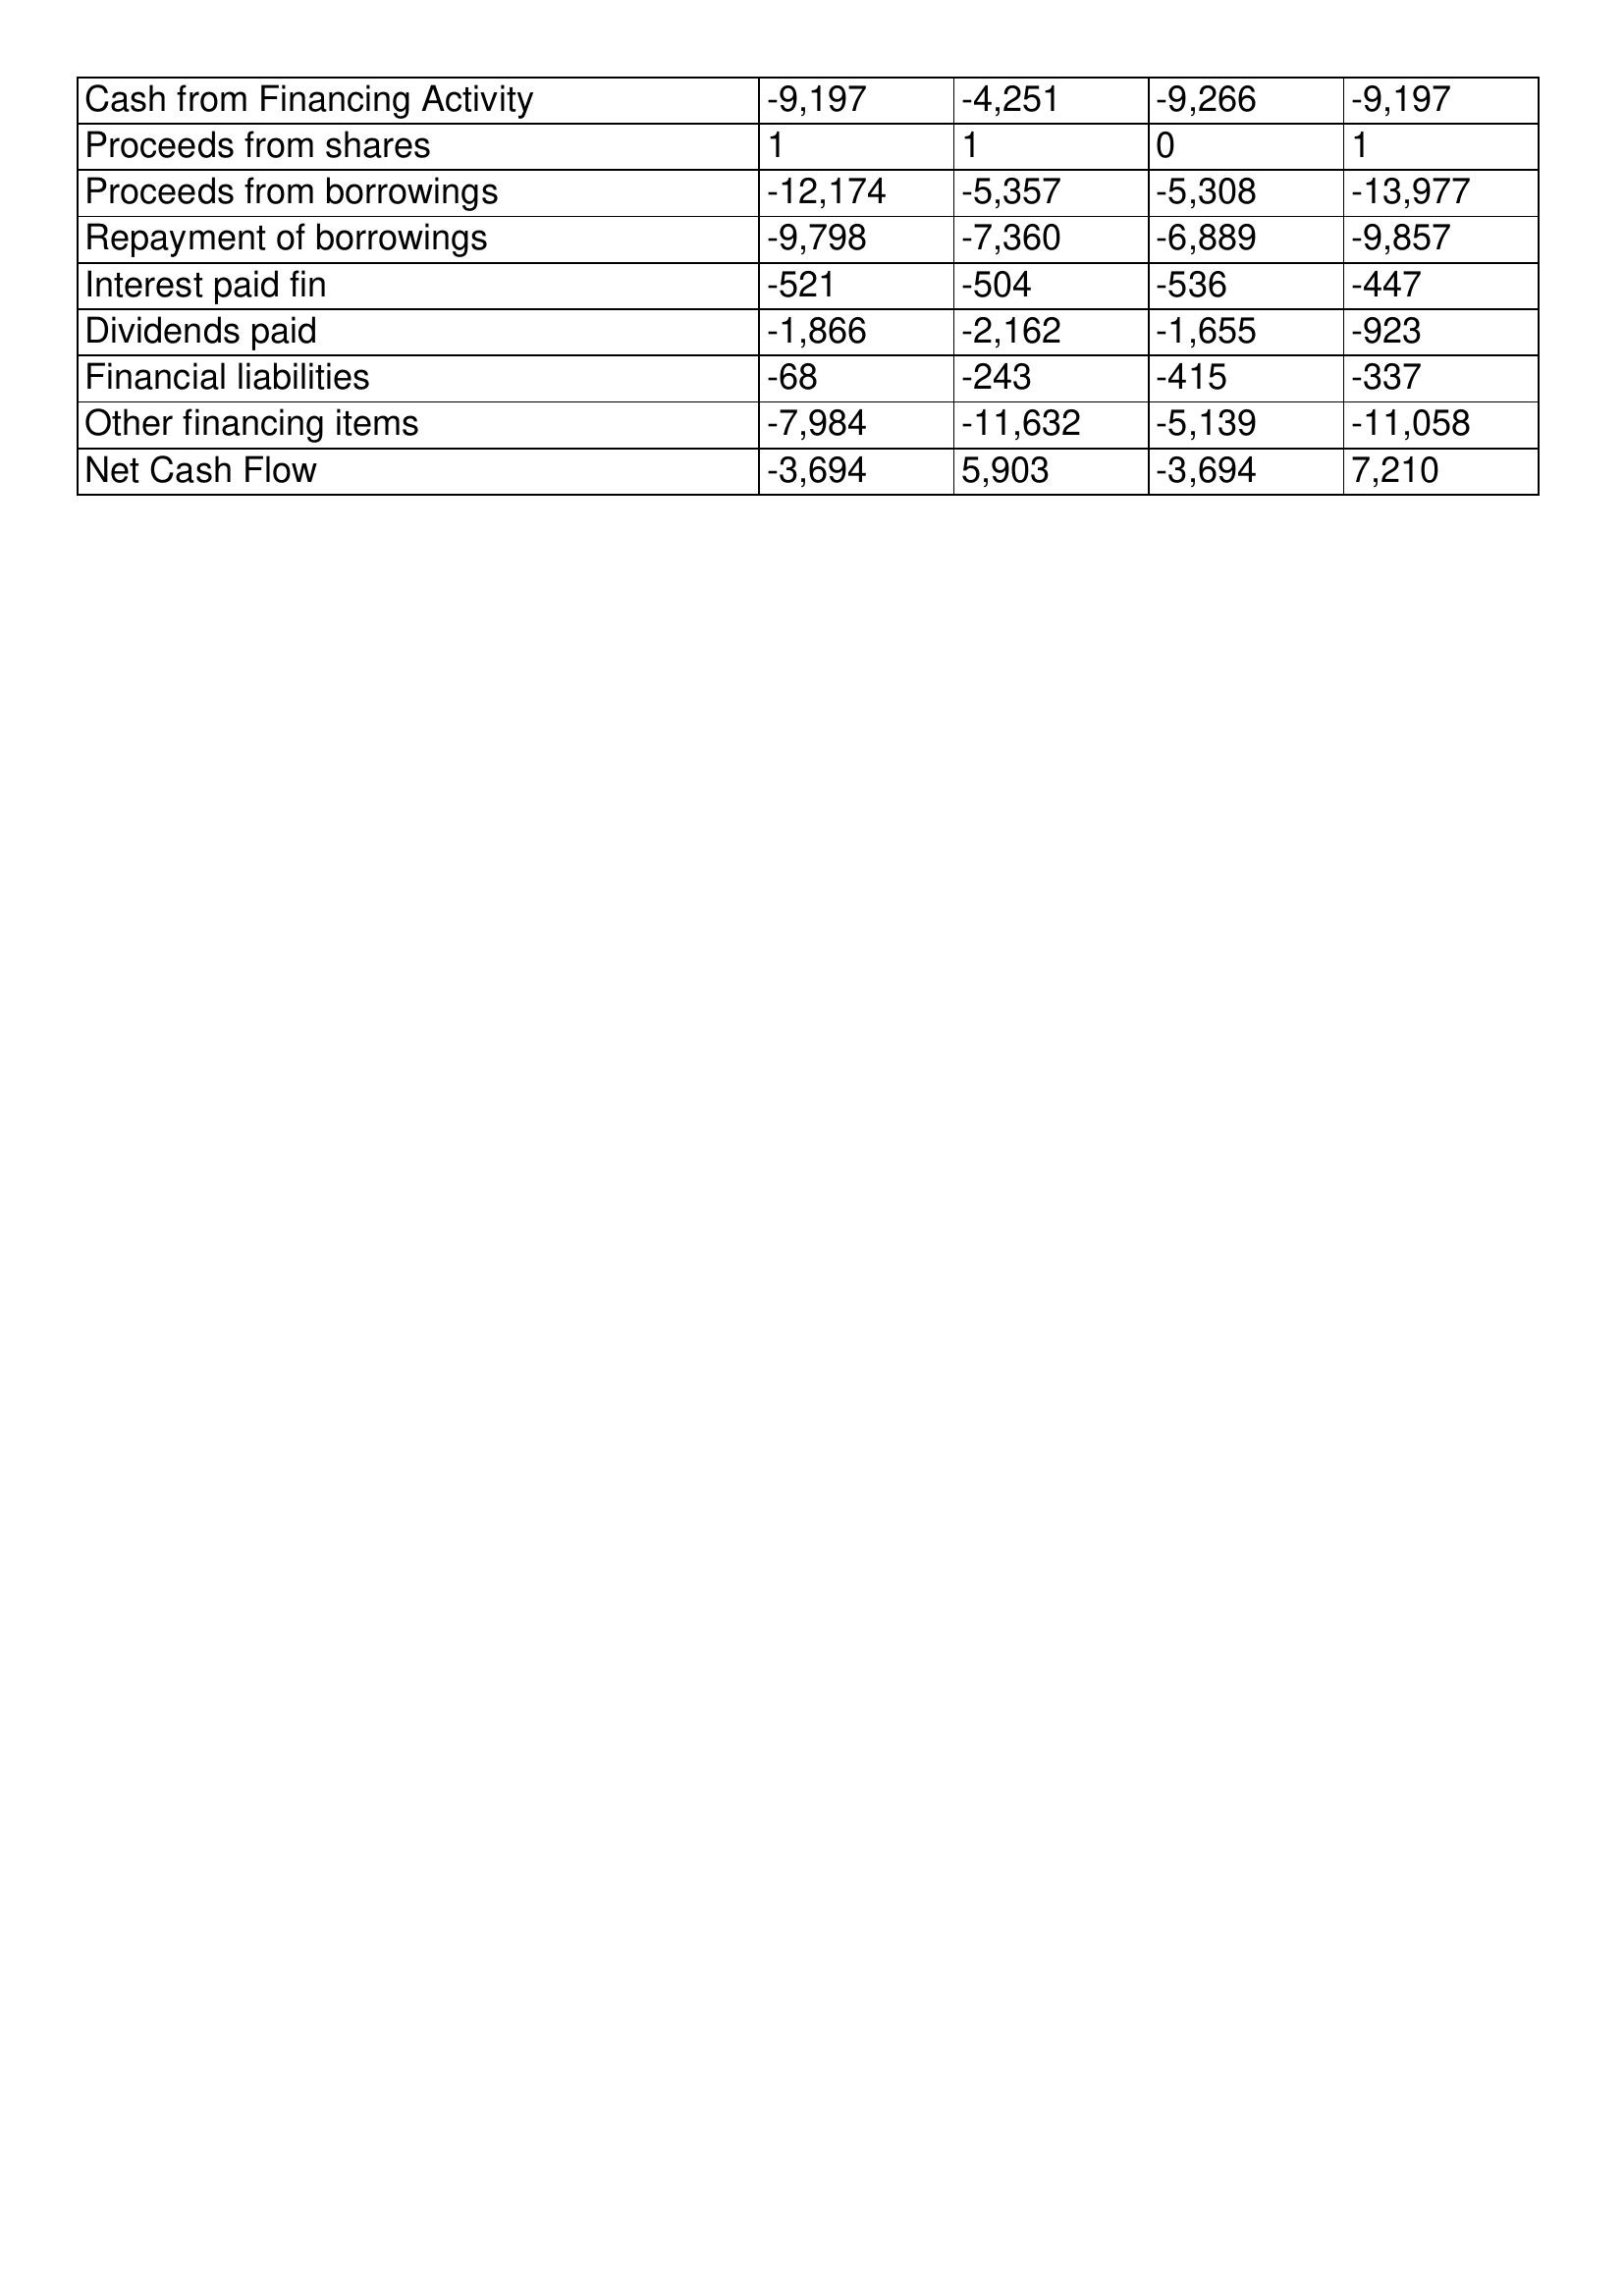
gt_parse: 2003: Cash Flows: Cash from Financing Activity: -9,197
Proceeds from shares: 1
Proceeds from borrowings: -12,174
Repayment of borrowings: -9,798
Interest paid fin: -521
Dividends paid: -1,866
Financial liabilities: -68
Other financing items: -7,984
Net Cash Flow: -3,694
2002: Cash Flows: Cash from Financing Activity: -4,251
Proceeds from shares: 1
Proceeds from borrowings: -5,357
Repayment of borrowings: -7,360
Interest paid fin: -504
Dividends paid: -2,162
Financial liabilities: -243
Other financing items: -11,632
Net Cash Flow: 5,903
2001: Cash Flows: Cash from Financing Activity: -9,266
Proceeds from shares: 0
Proceeds from borrowings: -5,308
Repayment of borrowings: -6,889
Interest paid fin: -536
Dividends paid: -1,655
Financial liabilities: -415
Other financing items: -5,139
Net Cash Flow: -3,694
2000: Cash Flows: Cash from Financing Activity: -9,197
Proceeds from shares: 1
Proceeds from borrowings: -13,977
Repayment of borrowings: -9,857
Interest paid fin: -447
Dividends paid: -923
Financial liabilities: -337
Other financing items: -11,058
Net Cash Flow: 7,210